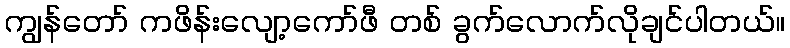
ကျွန်တော် ကဖိန်းလျော့ကော်ဖီ တစ် ခွက်လောက်လိုချင်ပါတယ်။